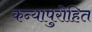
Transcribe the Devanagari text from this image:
कन्यापुरोहित